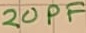
Text: 20PF